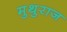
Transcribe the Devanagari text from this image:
मुथुराज